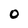
Character: 0